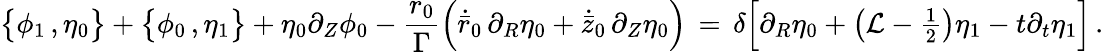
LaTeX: \bigl\{ \phi_{1}\, ,\eta_{0}\bigr\} +\bigl\{ \phi_{0}\, ,\eta_{1}\bigr\} +\eta_{0}\partial_{Z}\phi_{0}-\frac{{r_{0}}}{\Gamma}\Bigl(\dot{\bar{r}}_{0}\, \partial_{R}\eta_{0}+\dot{\bar{z}}_{0}\, \partial_{Z}\eta_{0}\Bigr)\, =\, \delta\Bigl[\partial_{R}\eta_{0}+\bigl(\mathcal{L}-{\textstyle\frac 12}\bigr)\eta_{1}-t\partial_{t}\eta_{1}\Bigr]\, .